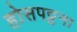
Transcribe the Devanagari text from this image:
होसपट्टना